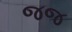
જજ